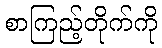
စာကြည့်တိုက်ကို